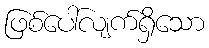
ဖြစ်ပေါ်လျက်ရှိသော